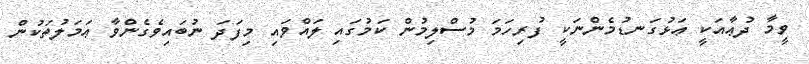
ވީމާ ދުޢާއަކީ ޢަޅުގަނޑުމެންނަކީ ފުރިހަމަ މުސްލިމުން ކަމުގައި ލައްވައި މިފަދަ ނުބައިވެގެންވާ ޢަމަލުތަކުން